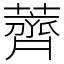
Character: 薺